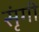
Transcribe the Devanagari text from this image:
सृंगी